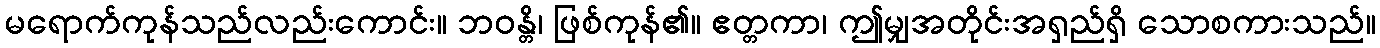
မရောက်ကုန်သည်လည်းကောင်း။ ဘဝန္တိ၊ ဖြစ်ကုန်၏။ ဧတ္တကာ၊ ဤမျှအတိုင်းအရှည်ရှိ သောစကားသည်။